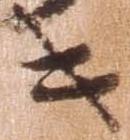
キ